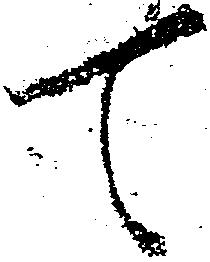
て